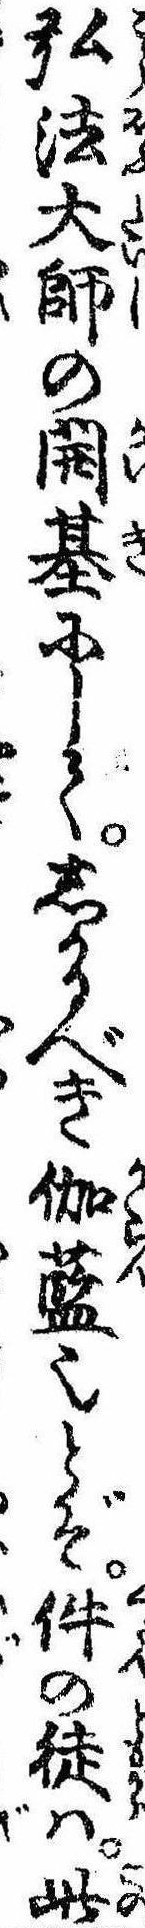
弘法大師の開基にしてしかるべき伽藍也とぞ件の徒は此